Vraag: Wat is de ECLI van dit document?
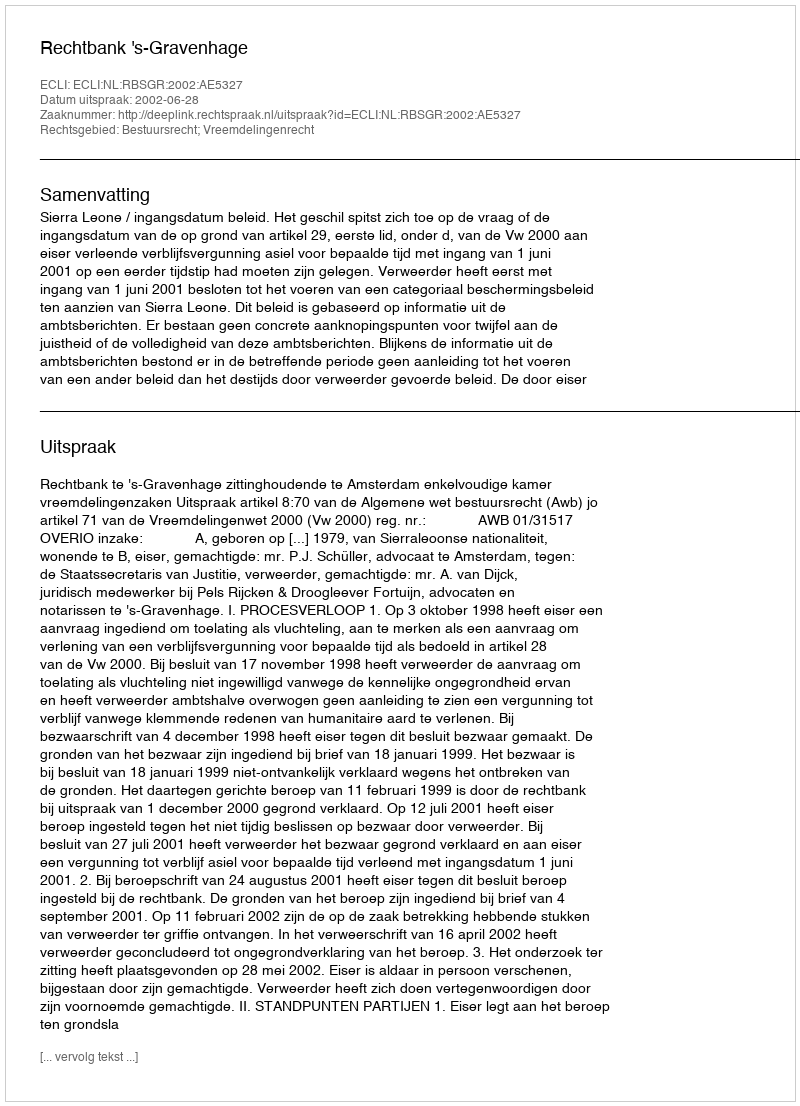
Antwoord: ECLI:NL:RBSGR:2002:AE5327